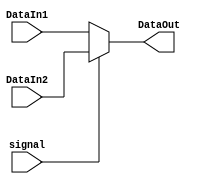
`timescale 1ns / 1ps
//////////////////////////////////////////////////////////////////////////////////
// Company: 
// Engineer: 
// 
// Design Name: 
// Module Name: MUX_32bits_2to1
// Project Name: 
// Target Devices: 
// Tool Versions: 
// Description: 
// 
// Dependencies: 
// 
// Revision:
// Revision 0.01 - File Created
// Additional Comments:
// 
//////////////////////////////////////////////////////////////////////////////////


module MUX_32bits_2to1(signal, DataIn1, DataIn2, DataOut);
input signal;
input [31:0] DataIn1, DataIn2;
output [31:0] DataOut;

assign DataOut = (signal == 0) ? DataIn1 : DataIn2;
endmodule